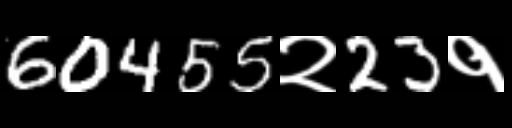
Text: 60455२23१